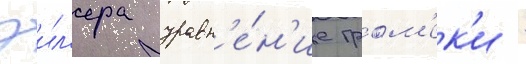
эил'ера уравн'е́н'ие гром'ек'и -